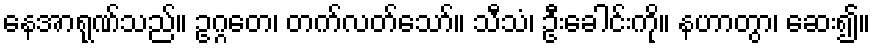
နေအာရုဏ်သည်။ ဥဂ္ဂတေ၊ တက်လတ်သော်။ သီသံ၊ ဦးခေါင်းကို။ နဟာတွာ၊ ဆေး၍။